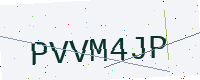
Text: PVVM4JP